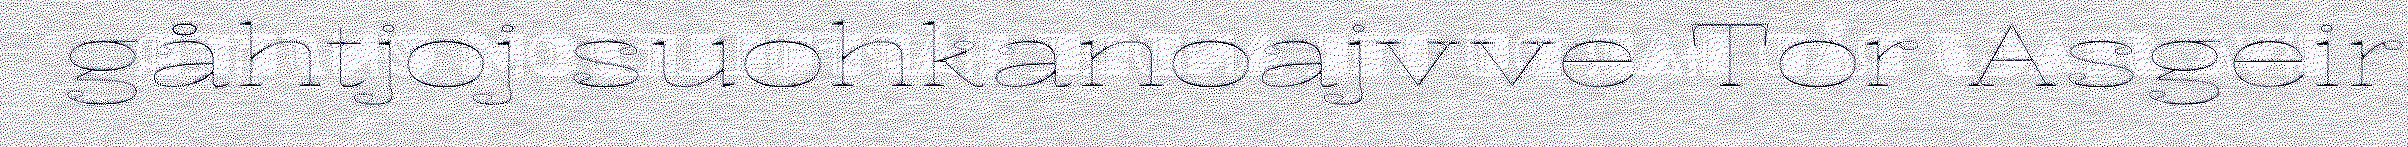
gåhtjoj suohkanoajvve Tor Asgeir